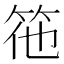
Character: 𮅅